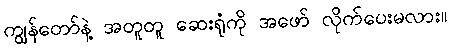
ကျွန်တော်နဲ့ အတူတူ ဆေးရုံကို အဖော် လိုက်ပေးမလား။